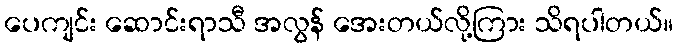
ပေကျင်း ဆောင်းရာသီ အလွန် အေးတယ်လို့ကြား သိရပါတယ်။